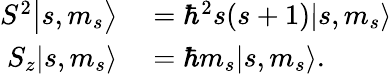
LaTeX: \begin{array}{rl}{\left.\left.S^{2}\right|s,m_{s}\right\rangle}&{{}=\hbar^{2}s(s+1)|s,m_{s}\rangle}\\ {\left.\left.S_{z}\right|s,m_{s}\right\rangle}&{{}=\hbar m_{s}|s,m_{s}\rangle.}\end{array}